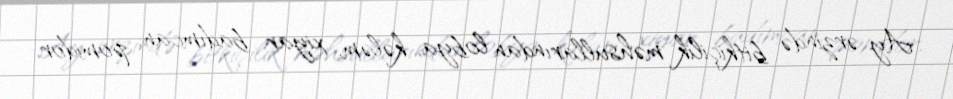
Ay ərzində bitkiçilik məhsullarından lobya, kələm, xiyar, badımcan, pomidor,